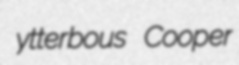
ytterbous Cooper